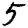
Digit: 5